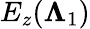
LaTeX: E_{z}(\boldsymbol{\Lambda}_{1})